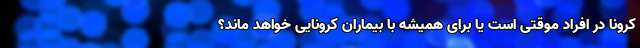
کرونا در افراد موقتی است یا برای همیشه با بیماران کرونایی خواهد ماند؟